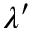
\lambda ^ { \prime }